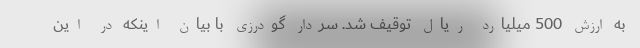
به ارزش 500 میلیارد ریال توقیف شد. سردار گودرزی با بیان اینکه در این